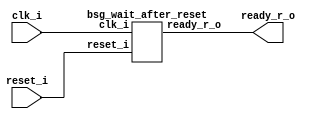


module top
(
  reset_i,
  clk_i,
  ready_r_o
);

  input reset_i;
  input clk_i;
  output ready_r_o;

  bsg_wait_after_reset
  wrapper
  (
    .reset_i(reset_i),
    .clk_i(clk_i),
    .ready_r_o(ready_r_o)
  );


endmodule



module bsg_wait_after_reset
(
  reset_i,
  clk_i,
  ready_r_o
);

  input reset_i;
  input clk_i;
  output ready_r_o;
  wire N0,N1,N2,N3,N4,N5,N6,N7,N8,N9,N10,N11,N12,N13,N14,N15,N16,N17,N18,N19,N20,N21;
  reg ready_r_o;
  reg [4:0] counter_r;
  assign N17 = counter_r[3] | counter_r[4];
  assign N18 = counter_r[2] | N17;
  assign N19 = counter_r[1] | N18;
  assign N20 = counter_r[0] | N19;
  assign N21 = ~N20;
  assign { N7, N6, N5, N4, N3 } = counter_r + 1'b1;
  assign N8 = (N0)? 1'b1 : 
              (N15)? 1'b0 : 
              (N2)? 1'b1 : 1'b0;
  assign N0 = reset_i;
  assign { N13, N12, N11, N10, N9 } = (N0)? { 1'b0, 1'b0, 1'b0, 1'b0, 1'b1 } : 
                                      (N2)? { N7, N6, N5, N4, N3 } : 1'b0;
  assign N14 = (N0)? 1'b1 : 
               (N15)? 1'b1 : 
               (N2)? 1'b0 : 1'b0;
  assign N1 = N21 | reset_i;
  assign N2 = ~N1;
  assign N16 = ~reset_i;
  assign N15 = N21 & N16;

  always @(posedge clk_i) begin
    if(N14) begin
      ready_r_o <= N15;
    end 
    if(N8) begin
      { counter_r[4:0] } <= { N13, N12, N11, N10, N9 };
    end 
  end


endmodule